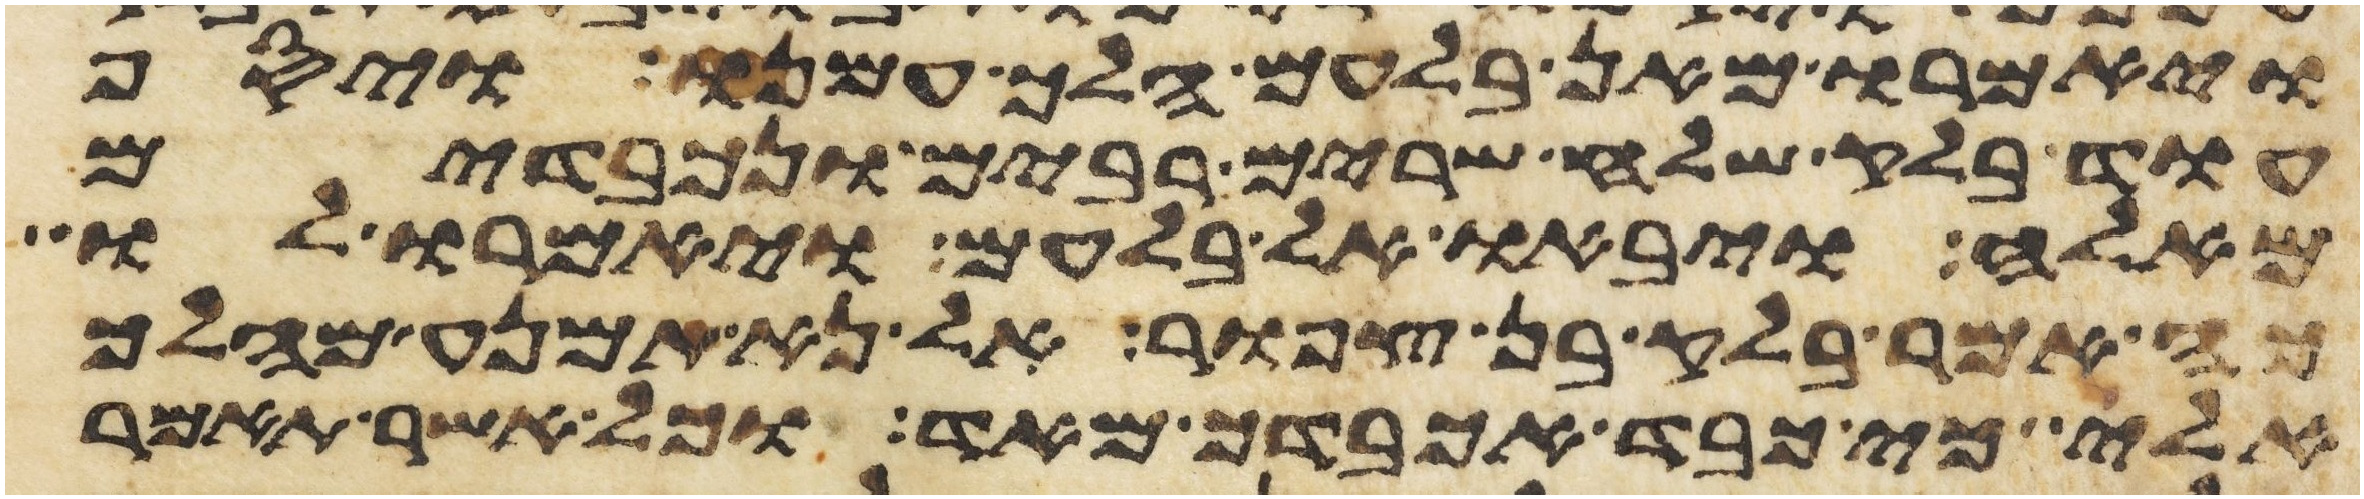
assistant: ויאמרו מאן בלעם הלך עמנו ויסף
עוד בלק שלח שרים רבים ונכבדים
מאלה ויבאו אל בלעם ויאמרו לו
כה אמר בלק בן צפור אל נא תמנע מהלך
אלי כי כבד אכבדך מאד וכל אשר תאמר